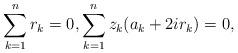
LaTeX: \begin{align*} \sum_{k=1}^n r_k = 0, \sum_{k=1}^n z_k(a_k+2ir_k) = 0,\end{align*}